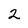
Character: 2